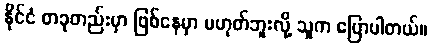
နိုင်ငံ တခုတည်းမှာ ဖြစ်နေမှာ မဟုတ်ဘူးလို့ သူက ပြောပါတယ်။